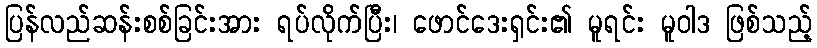
ပြန်လည်ဆန်းစစ်ခြင်းအား ရပ်လိုက်ပြီး၊ ဖောင်ဒေးရှင်း၏ မူရင်း မူဝါဒ ဖြစ်သည့်